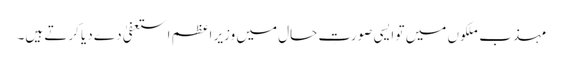
مہذب ملکوں میں تو ایسی صورتِ حال میں وزیر اعظم استعفیٰ دے دیا کرتے ہیں۔